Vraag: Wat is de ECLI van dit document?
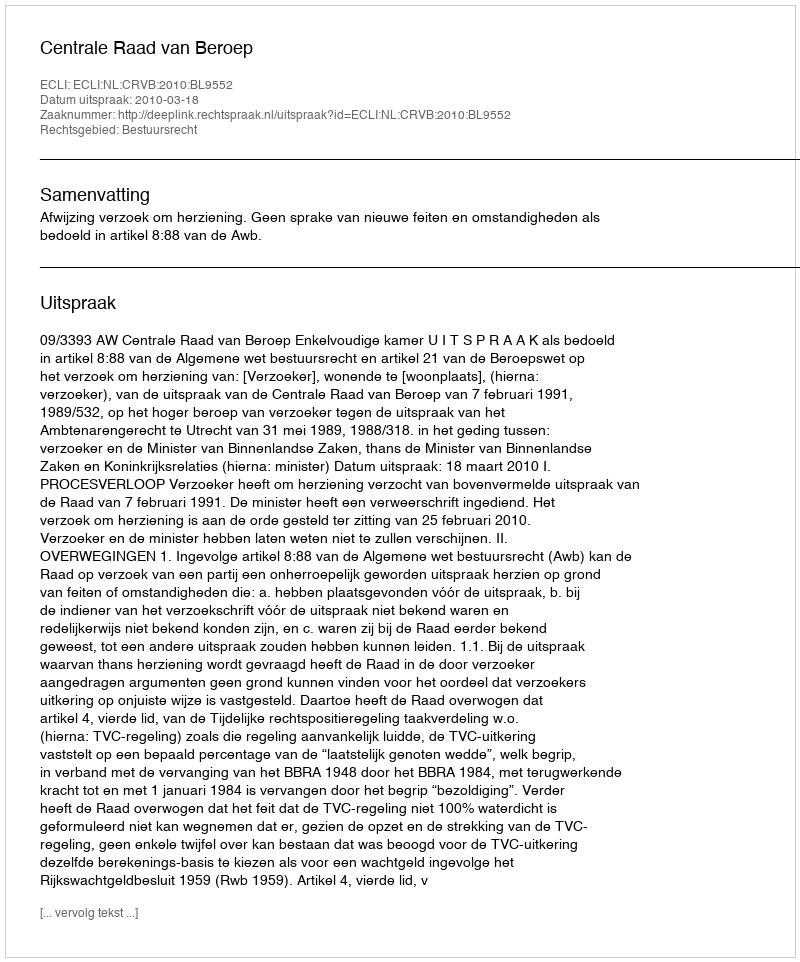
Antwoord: ECLI:NL:CRVB:2010:BL9552